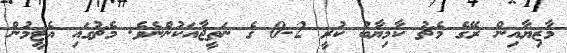
މާޒިޔާއިން ރޭގެ މެޗު ކާމިޔާބު ކުރީ 2-0 ގެ ނަތީޖާއަކުންނެވެ. މެޗުގައި އެޓީމުން